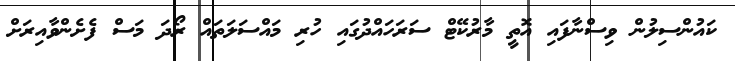
ކައުންސިލުން ވިސްނާފައި އޮތީ މާރުކޭޓް ސަރަހައްދުގައި ހުރި މައްސަލަތައް ރޯދަ މަސް ފެށެންވާއިރަށް